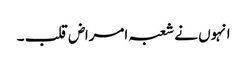
انہوں نے شعبہ امراض قلب ۔